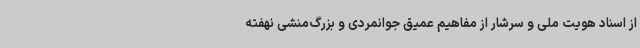
از اسناد هویت ملی و سرشار از مفاهیم عمیق جوانمردی و بزرگ‌منشی نهفته